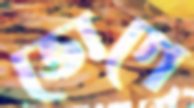
ভোগে